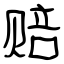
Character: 赔